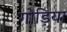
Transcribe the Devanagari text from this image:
गोड़िया